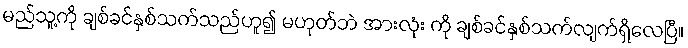
မည်သူ့ကို ချစ်ခင်နှစ်သက်သည်ဟူ၍ မဟုတ်ဘဲ အားလုံး ကို ချစ်ခင်နှစ်သက်လျက်ရှိလေပြီ။